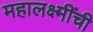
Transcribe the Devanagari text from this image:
महालक्ष्मींची